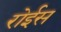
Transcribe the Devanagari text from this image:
रोईस